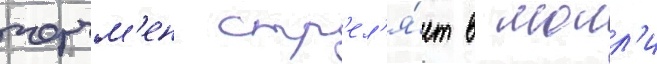
черчм'ен стр'ел'я́ет в молл'и